Vaccine operations Central Provinces 1900-1911 - 1900-1911
Year: 1900
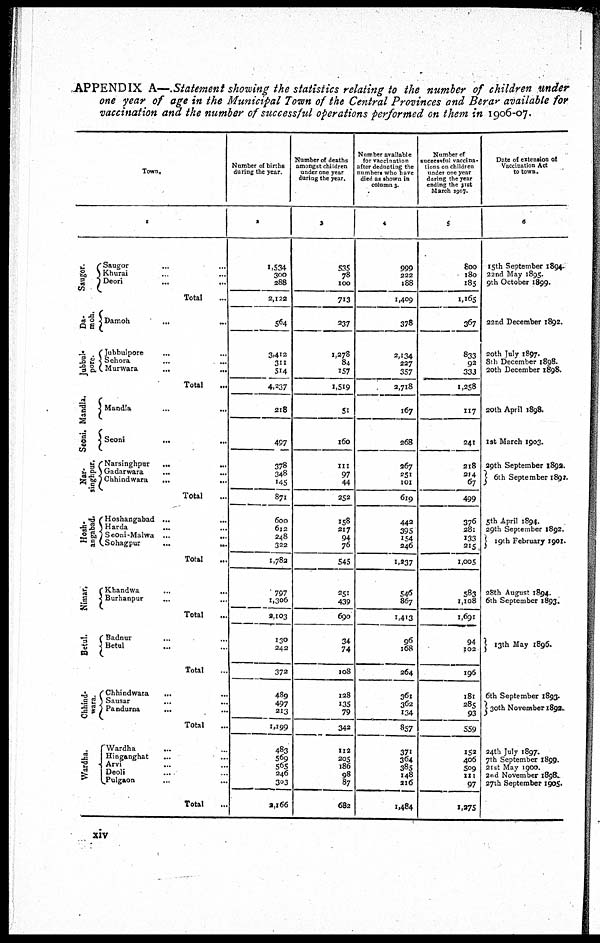
APPENDIX A—.Statement showing the statistics relating to the number of children under
one year of age in the Municipal Town of the Central Provinces and Berar available for
vaccination and the number of successful of operations performed on them in 1906-07.
Town.
1
Saugor.
Da-
-oh.
Jubbul¬
pore.
Mandla.
Seoni.
Nar¬
singhpur.
Hosh¬
angabad.
Nimar.
Betul.
Chhind¬
wara.
Wardha.
Saugor ... ...
Khurai ... ...
Deori
... ...
Total ...
Damoh
...
...
Jubbulpore ... ...
Sehora ... ...
Murwara
...
...
Total
Mandla
...
...
Seoni
...
...
Narsinghpur ... ...
Gadarwara
...
...
Chhindwara
...
...
Total ...
Hoshangabad ... ...
Harda
... ...
Seoni-Malwa ...
...
Sohagpur
...
...
Total
Khandwa ... ...
Burhanpur
...
...
Total ...
Badnur ... ...
Betul ... ...
Total ...
Chhindwara
... ...
Sausar
... ...
Pandurna
... ...
Total
Wardha ... ...
Hinganghat ... ...
Arvi ... ...
Deoli ... ...
Pulgaon ...
Total
Number of births
during the year.
2
1,534
300
288
2,122
564
3,412
311
514
4,237
218
497
378
348
145
871
600
612
248
322
1,782
797
1,306
2,103
130
242
372
489
497
213
1,199
483
569
565
246
303
2,166
Number of deaths
amongst children
under one year
during the year.
3
535
78
100
713
237
1,278
84
157
1,519
51
160
111
97
44
252
158
217
94
76
545
251
439
690
34
74
108
128
135
79
342
112
205
186
98
87
682
Number available
for vaccination
after deducting the
numbers who have
died as shown in
column 3.
4
999
222
188
1,409
378
2,134
227
357
2,718
167
268
267
251
101
619
442
395
154
246
1,237
546
867
1,413
96
168
264
361
362
134
857
371
364
385
148
216
1,484
Number of
successful vaccina¬
tions on children
under one year
during the year
ending the 31st
March 1907.
5
800
180
185
1,165
367
833
92
333
1,258
117
241
218
214
67
499
376
281
133
215
1,005
583
1,108
1,691
94
102
196
181
285
93
559
152
406
509
111
97
1,275
Date of extension of
Vaccination Act
to town.
6
15th September 1894
22nd May 1895.
9th October 1899.
22nd December 1892.
20th July 1897.
8th December 1898.
20th December 1898.
20th April 1898.
1st March 1903.
29th September 1892.
6th September 1892.
5th April 1894.
29th September 1892.
19th February 1901.
28th August 1894.
6th September 1893.
13th May 1896.
6th September 1893.
30th November 1892.
24th July 1897.
7th September 1899.
21 st May 1900.
2nd November 1898.
27th September 1905.
xiv